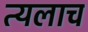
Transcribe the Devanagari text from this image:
त्यलाच